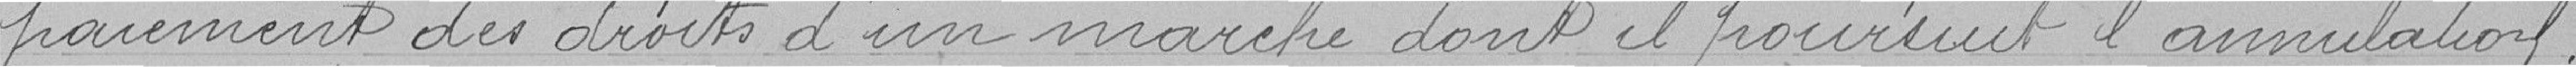
paiement des droits d'un marché dont il poursuit l'annulation.